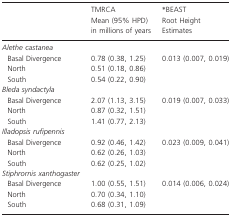
<table><thead><tr><td></td><td><b>TMRCA Mean (95% HPD) in millions of years</b></td><td><b>*BEAST Root Height Estimates</b></td></tr></thead><tbody><tr><td><i>Alethe castanea</i></td><td></td><td></td></tr><tr><td> Basal Divergence</td><td>0.78 (0.38, 1.25)</td><td>0.013 (0.007, 0.019)</td></tr><tr><td> North</td><td>0.51 (0.18, 0.86)</td><td></td></tr><tr><td> South</td><td>0.54 (0.22, 0.90)</td><td></td></tr><tr><td><i>Bleda syndactyla</i></td><td></td><td></td></tr><tr><td> Basal Divergence</td><td>2.07 (1.13, 3.15)</td><td>0.019 (0.007, 0.033)</td></tr><tr><td> North</td><td>0.87 (0.32, 1.51)</td><td></td></tr><tr><td> South</td><td>1.41 (0.77, 2.13)</td><td></td></tr><tr><td><i>Illadopsis rufipennis</i></td><td></td><td></td></tr><tr><td> Basal Divergence</td><td>0.92 (0.46, 1.42)</td><td>0.023 (0.009, 0.041)</td></tr><tr><td> North</td><td>0.62 (0.26, 1.03)</td><td></td></tr><tr><td> South</td><td>0.62 (0.25, 1.02)</td><td></td></tr><tr><td><i>Stiphrornis xanthogaster</i></td><td></td><td></td></tr><tr><td> Basal Divergence</td><td>1.00 (0.55, 1.51)</td><td>0.014 (0.006, 0.024)</td></tr><tr><td> North</td><td>0.70 (0.34, 1.10)</td><td></td></tr><tr><td> South</td><td>0.68 (0.31, 1.09)</td><td></td></tr></tbody></table>